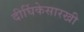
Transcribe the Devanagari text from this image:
दीर्घिकेसारखी